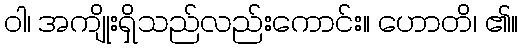
ဝါ၊ အကျိုးရှိသည်လည်းကောင်း။ ဟောတိ၊ ၏။